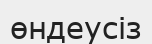
өндеусіз